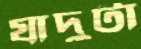
যাদুটা